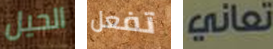
الحيل تفعل تعاني